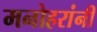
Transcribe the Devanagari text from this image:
मनोहरांनी